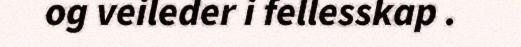
og veileder i fellesskap .